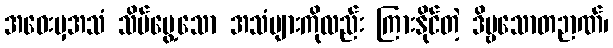
အဝေးမှအသံ သိမ်မွေ့သော အသံများကိုလည်း ကြားနိုင်တဲ့ ဒိဗ္ဗသောတဉာဏ်၊